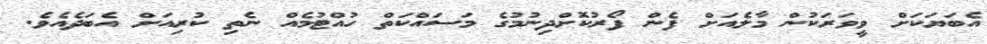
އެބަޔަކަށް ވީވަރަކުން މާލެއަށް ފެން ފޯރުކޮށްދިނުމުގެ މަސައްކަތް ހުއްޓުމެއް ނެތި ކުރިއަށް އެބަދެއެވެ.